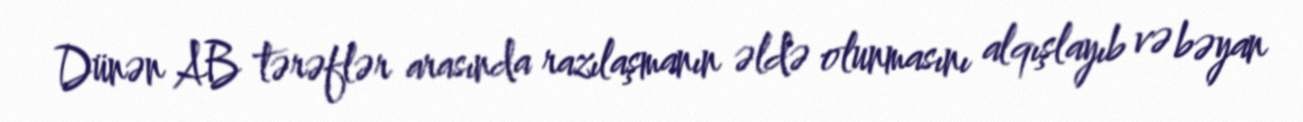
Dünən AB tərəflər arasında razılaşmanın əldə olunmasını alqışlayıb və bəyan